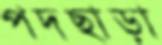
পদছাড়া